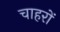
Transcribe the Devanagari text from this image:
चाहरों